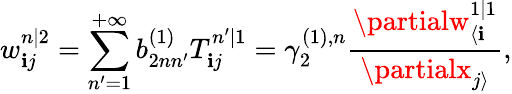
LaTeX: w_{\mathbf{i}j}^{n|2}=\sum_{n^{\prime}=1}^{+\infty}b_{2nn^{\prime}}^{(1)}T_{\mathbf{i}j}^{n^{\prime}|1}=\gamma_{2}^{(1),n}\frac{{\partialw_{\langle\mathbf{i}}^{1|1}}}{{\partialx_{j\rangle}}},